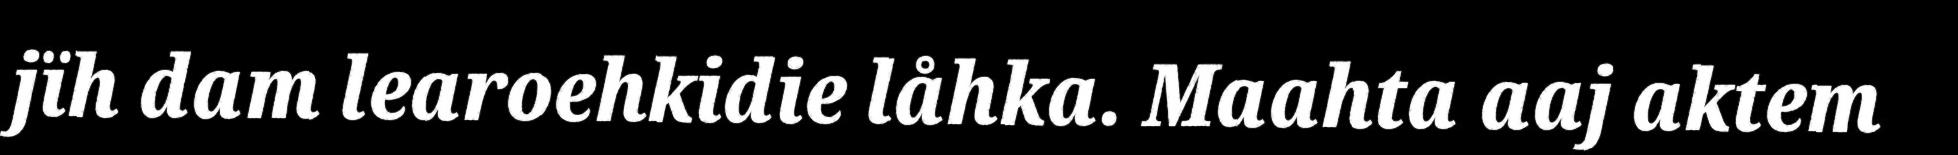
jïh dam learoehkidie låhka. Maahta aaj aktem